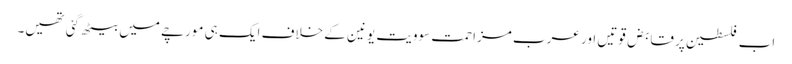
اب فلسطین پر قابض قوتیں اور عرب مزاحمت سوویت یونین کے خلاف ایک ہی مورچے میں بیٹھ گئی تھیں۔